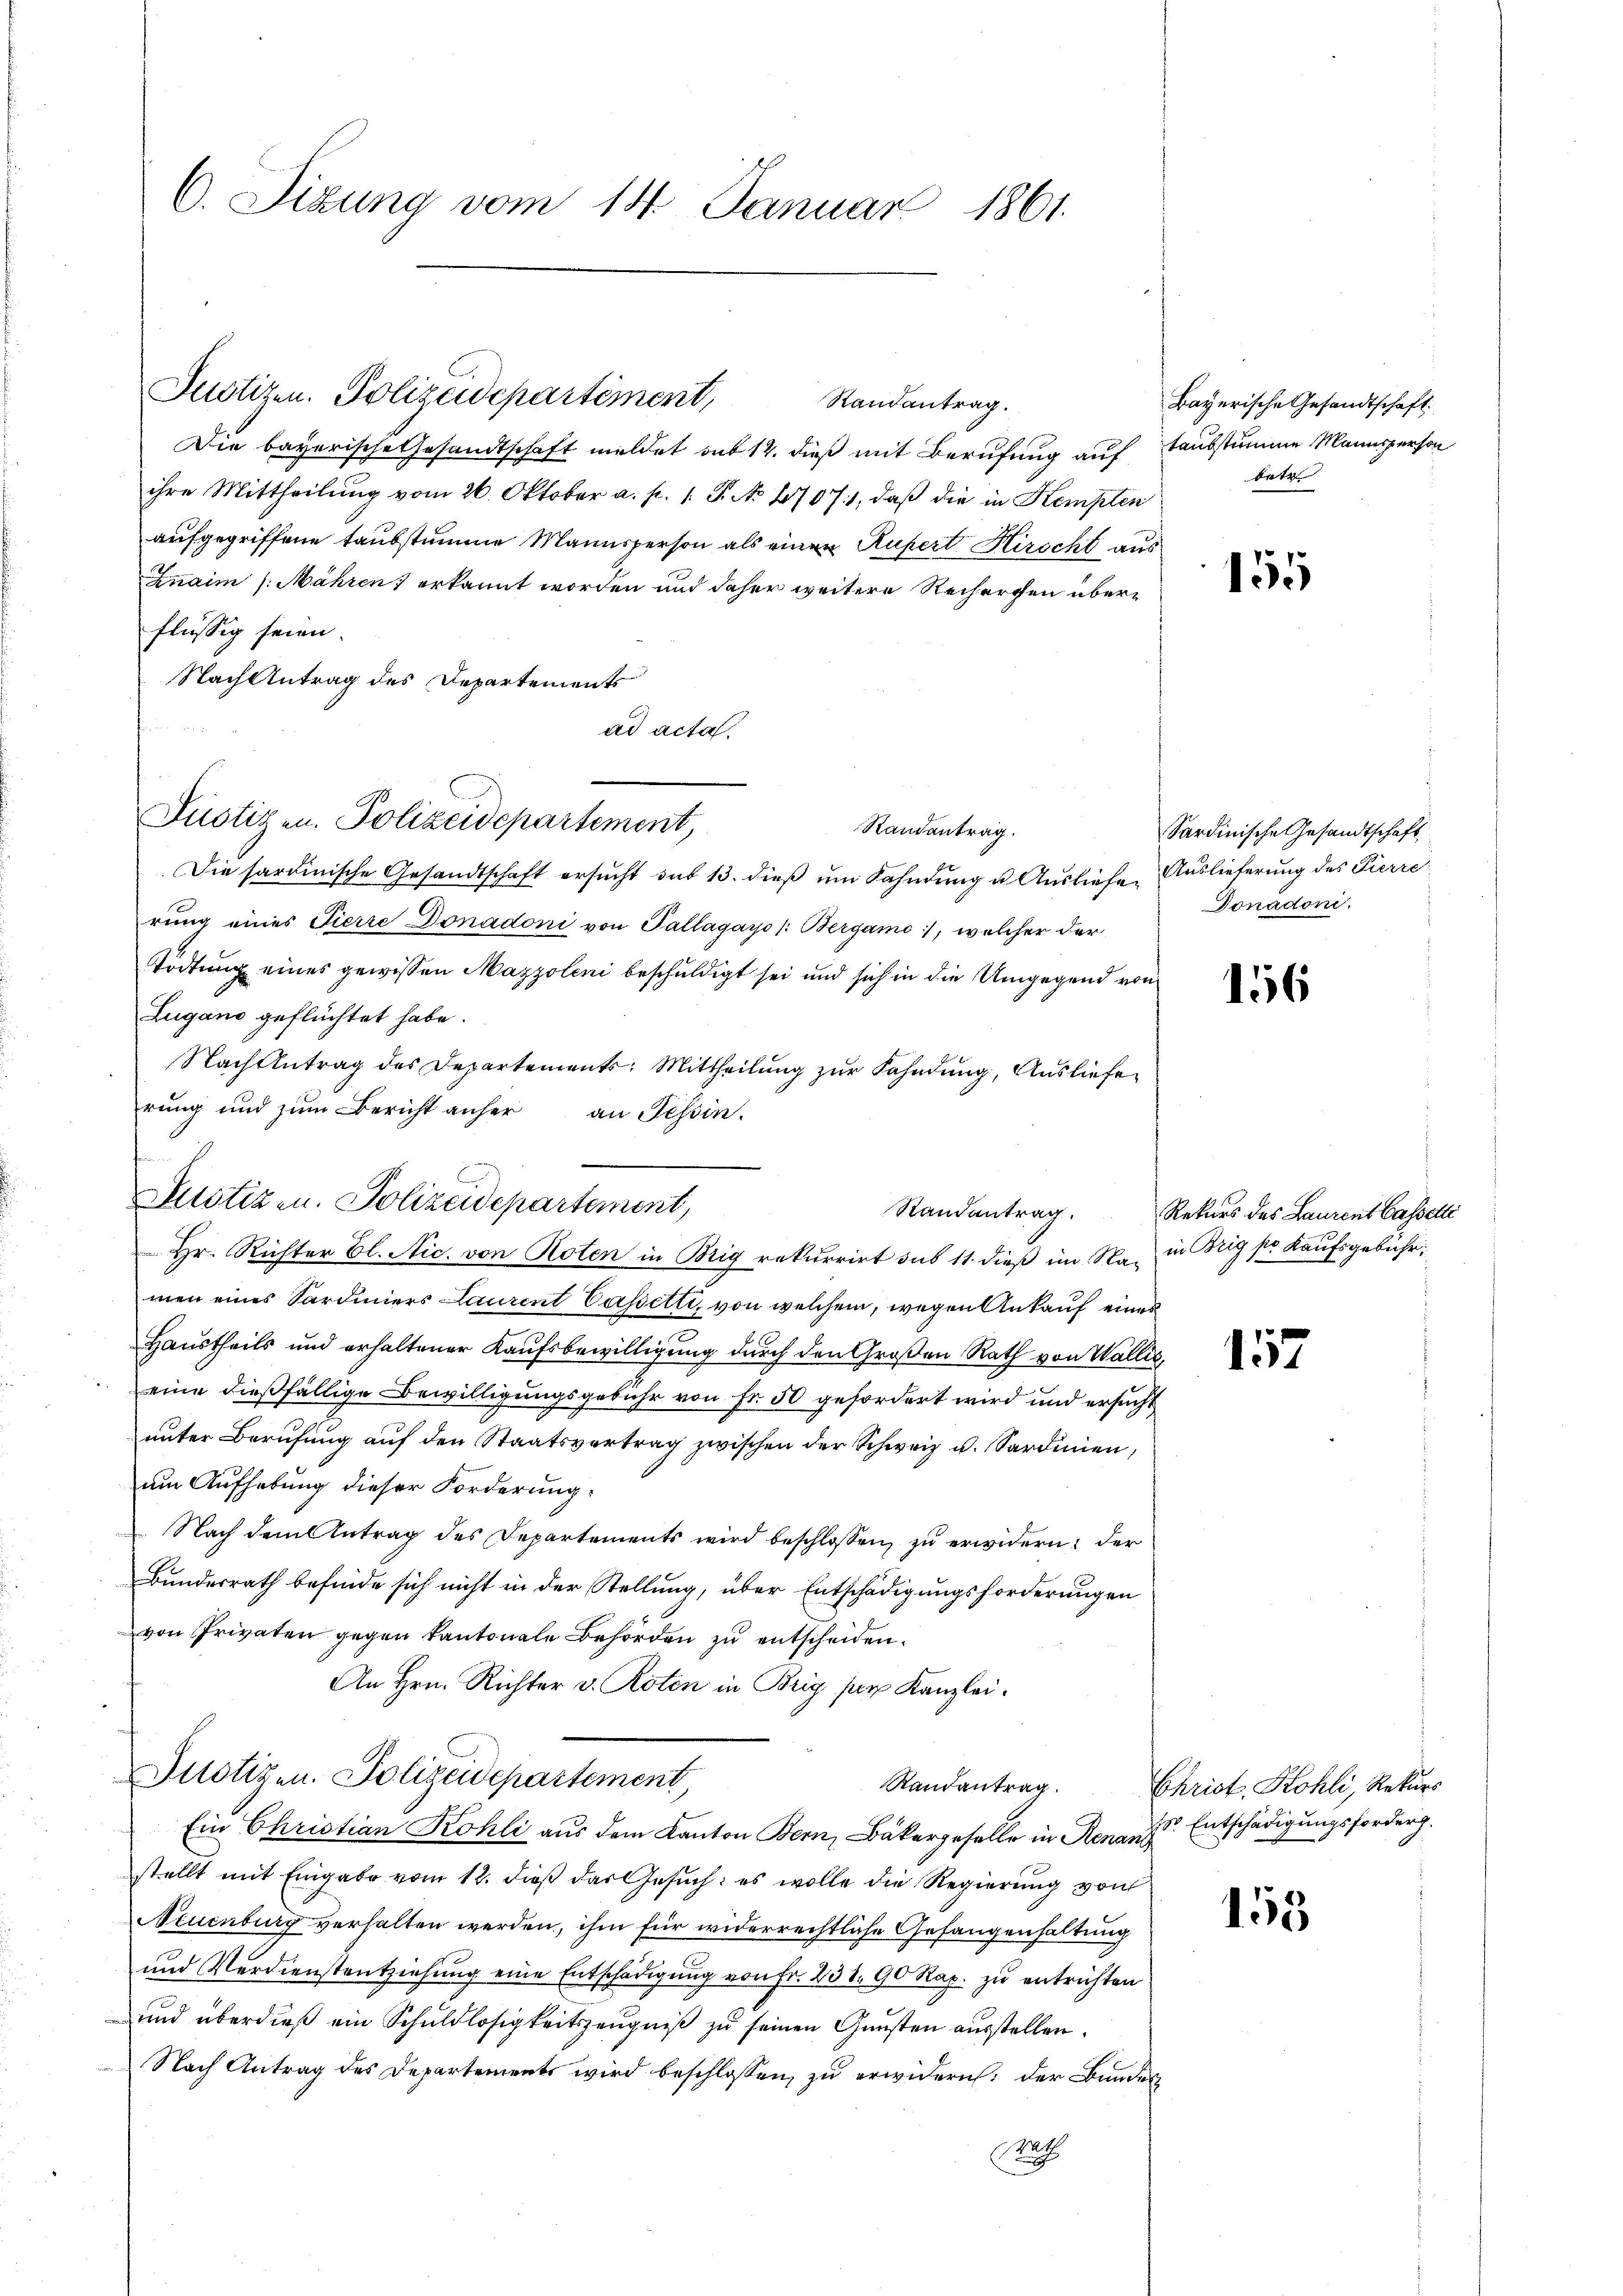
C. Sizung vom 14. Januar 1861.

Justizen. Polizeidepartement,
Randantrag.

Die bayerische Gesandtschaft meldet auf 12. dieß mit Berufung auf
ihre Mittheilung vom 26. Oktober a. p. 1. P. No 47071, daß die in Kempten
aufgegriffene Taubstumme Mannsperson als einen Rufert Kirscht aus
Znaim /: Mähren) erkannt worden und daher weitere Recherchen überflüssig seien.
Nach Antrag des Departements
ad acta.
Randantrag.
Die sardinische Gesandtschaft ersucht das 13. dieß um Fahndung u. Ausliefe. Auslieferung des Pierre
rung eines Tierre Donadoni von Pallagays /: Bergamo, welcher der
Tödtung eines gewissen Mazzoleni beschuldigt sei und sich in die Umgegend von
Lugano geflüchtet habe.
Nachtentrag des Departements: Mittheilung zur Fahndung, Ausliefe
rung und zum Bericht anher an Tessin.
Hr. Richter Bl. Nic. von Roten in Brig rekurrirt sub 11. dieß im Na- in Brig pr. Kaufsgebühr,
men eines Sardiniers Laurent Cassetti, von welchem, wegen Ankauf eines
Haustheils und erhaltener Kaŭfsbewilligung durch den Großen Rath von Wallis,
eine dießfällige Bewilligungsgebühr von Fr. 50 gefordert wird und ersucht
unter Berufung auf den Staatsvertrag zwischen der Schweiz u. Sardinien,
um Aufhebung dieser Forderung.
 Nach dem Antrag des Departements wird beschlossen, zu erwidern: der
Bunderrath befinde sich nicht in der Stellung, über Entschädigungsforderungen
von Privaten gegen Kantonale Behörden zu entscheiden.
An Hrn. Richter v. Roten in Brig par Kanzlei.
Dnotizen. Polizeidepartement,
Randantrag.
Ein Christian Kohli aus dem Kanton Bern, Bäkergeselle in Renare Entschädigungsforder.
stellt mit Eingabe vom 12. dieβ das Gesŭch: es wolle die Regierŭng von
Neuenburg verhalten werden, ihm für widerrechtliche Gefangenhaltung
und Verdienstentziehung eine Entschädigung von Fr. 231. 90 Rp. zu entrichten
und überdieß ein Schuldlosigkeitszeugniß zu seinen Gunsten ausstellen.
Nach Antrag des Departements wird beschlossen zŭ erwidern: der Bundes
Rath

Justizen. Polizeidepartement,

Justizen. Polizeidepartement,

Bayerische Gesandtschaft.
taubstumme Mannsperson
betr

155

Sardinische Gesandtschaft,
Donadoni.

16

Randantrag. Rekurs des Laurent Cassati

157

15

Christ, Kohli, Rekurs